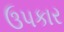
ઉ૫કાર